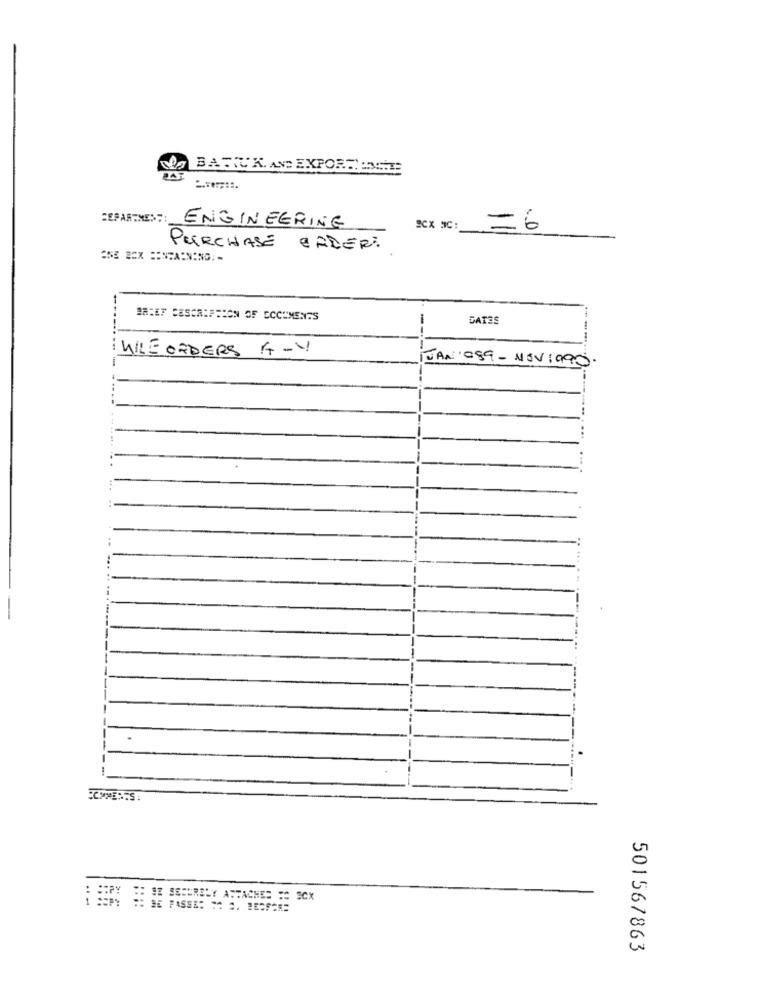
BARIUK AV EXPORTEST
SEPAR.NE :::
ENGINEERING
=6
PURCHASE CATER:
BRIEF DESCRIPTION OF ECCUMENTS
DATES
--
WILE ORDERS A-V
JAN 089 - NOV1995.
...
SE SECURELY ATTACHE= = C SCX
501567863